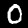
Digit: 0